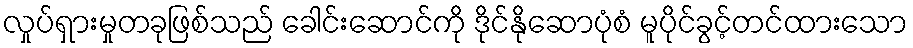
လှုပ်ရှားမှုတခုဖြစ်သည် ခေါင်းဆောင်ကို ဒိုင်နိုဆောပုံစံ မူပိုင်ခွင့်တင်ထားသော